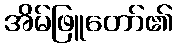
အိမ်ဖြူတော်၏